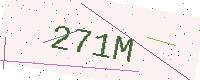
Text: 271M